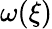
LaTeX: \omega(\xi)